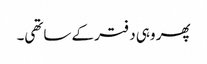
پھر وہی دفتر کے ساتھی۔